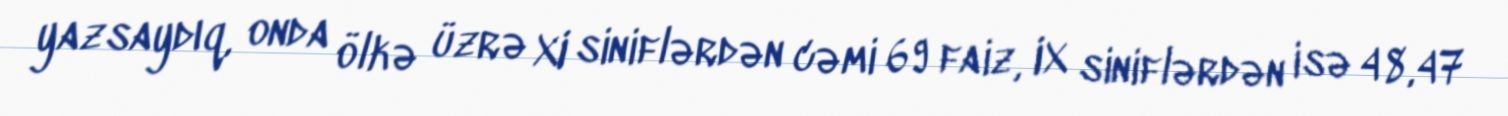
yazsaydıq, onda ölkə üzrə XI siniflərdən cəmi 69 faiz, IX siniflərdən isə 48,47